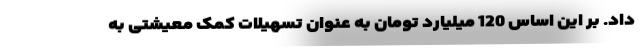
داد. بر این اساس 120 میلیارد تومان به عنوان تسهیلات کمک معیشتی به